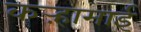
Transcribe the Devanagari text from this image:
कऱ्हामाई